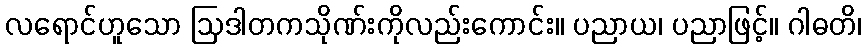
လရောင်ဟူသော ဩဒါတကသိုဏ်းကိုလည်းကောင်း။ ပညာယ၊ ပညာဖြင့်။ ဂါဓတိ၊